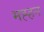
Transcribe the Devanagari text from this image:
मह्हन